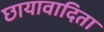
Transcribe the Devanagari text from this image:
छायावादिता